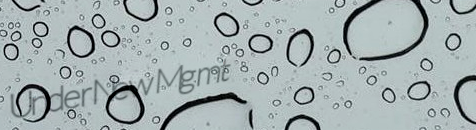
UnderNewMgmt